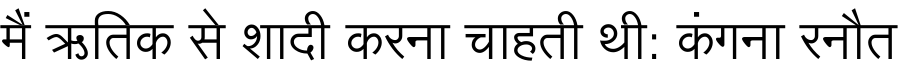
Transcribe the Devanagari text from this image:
मैं ऋतिक से शादी करना चाहती थी: कंगना रनौत